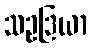
သဥဒြယာ